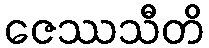
ဇေဿသီတိ